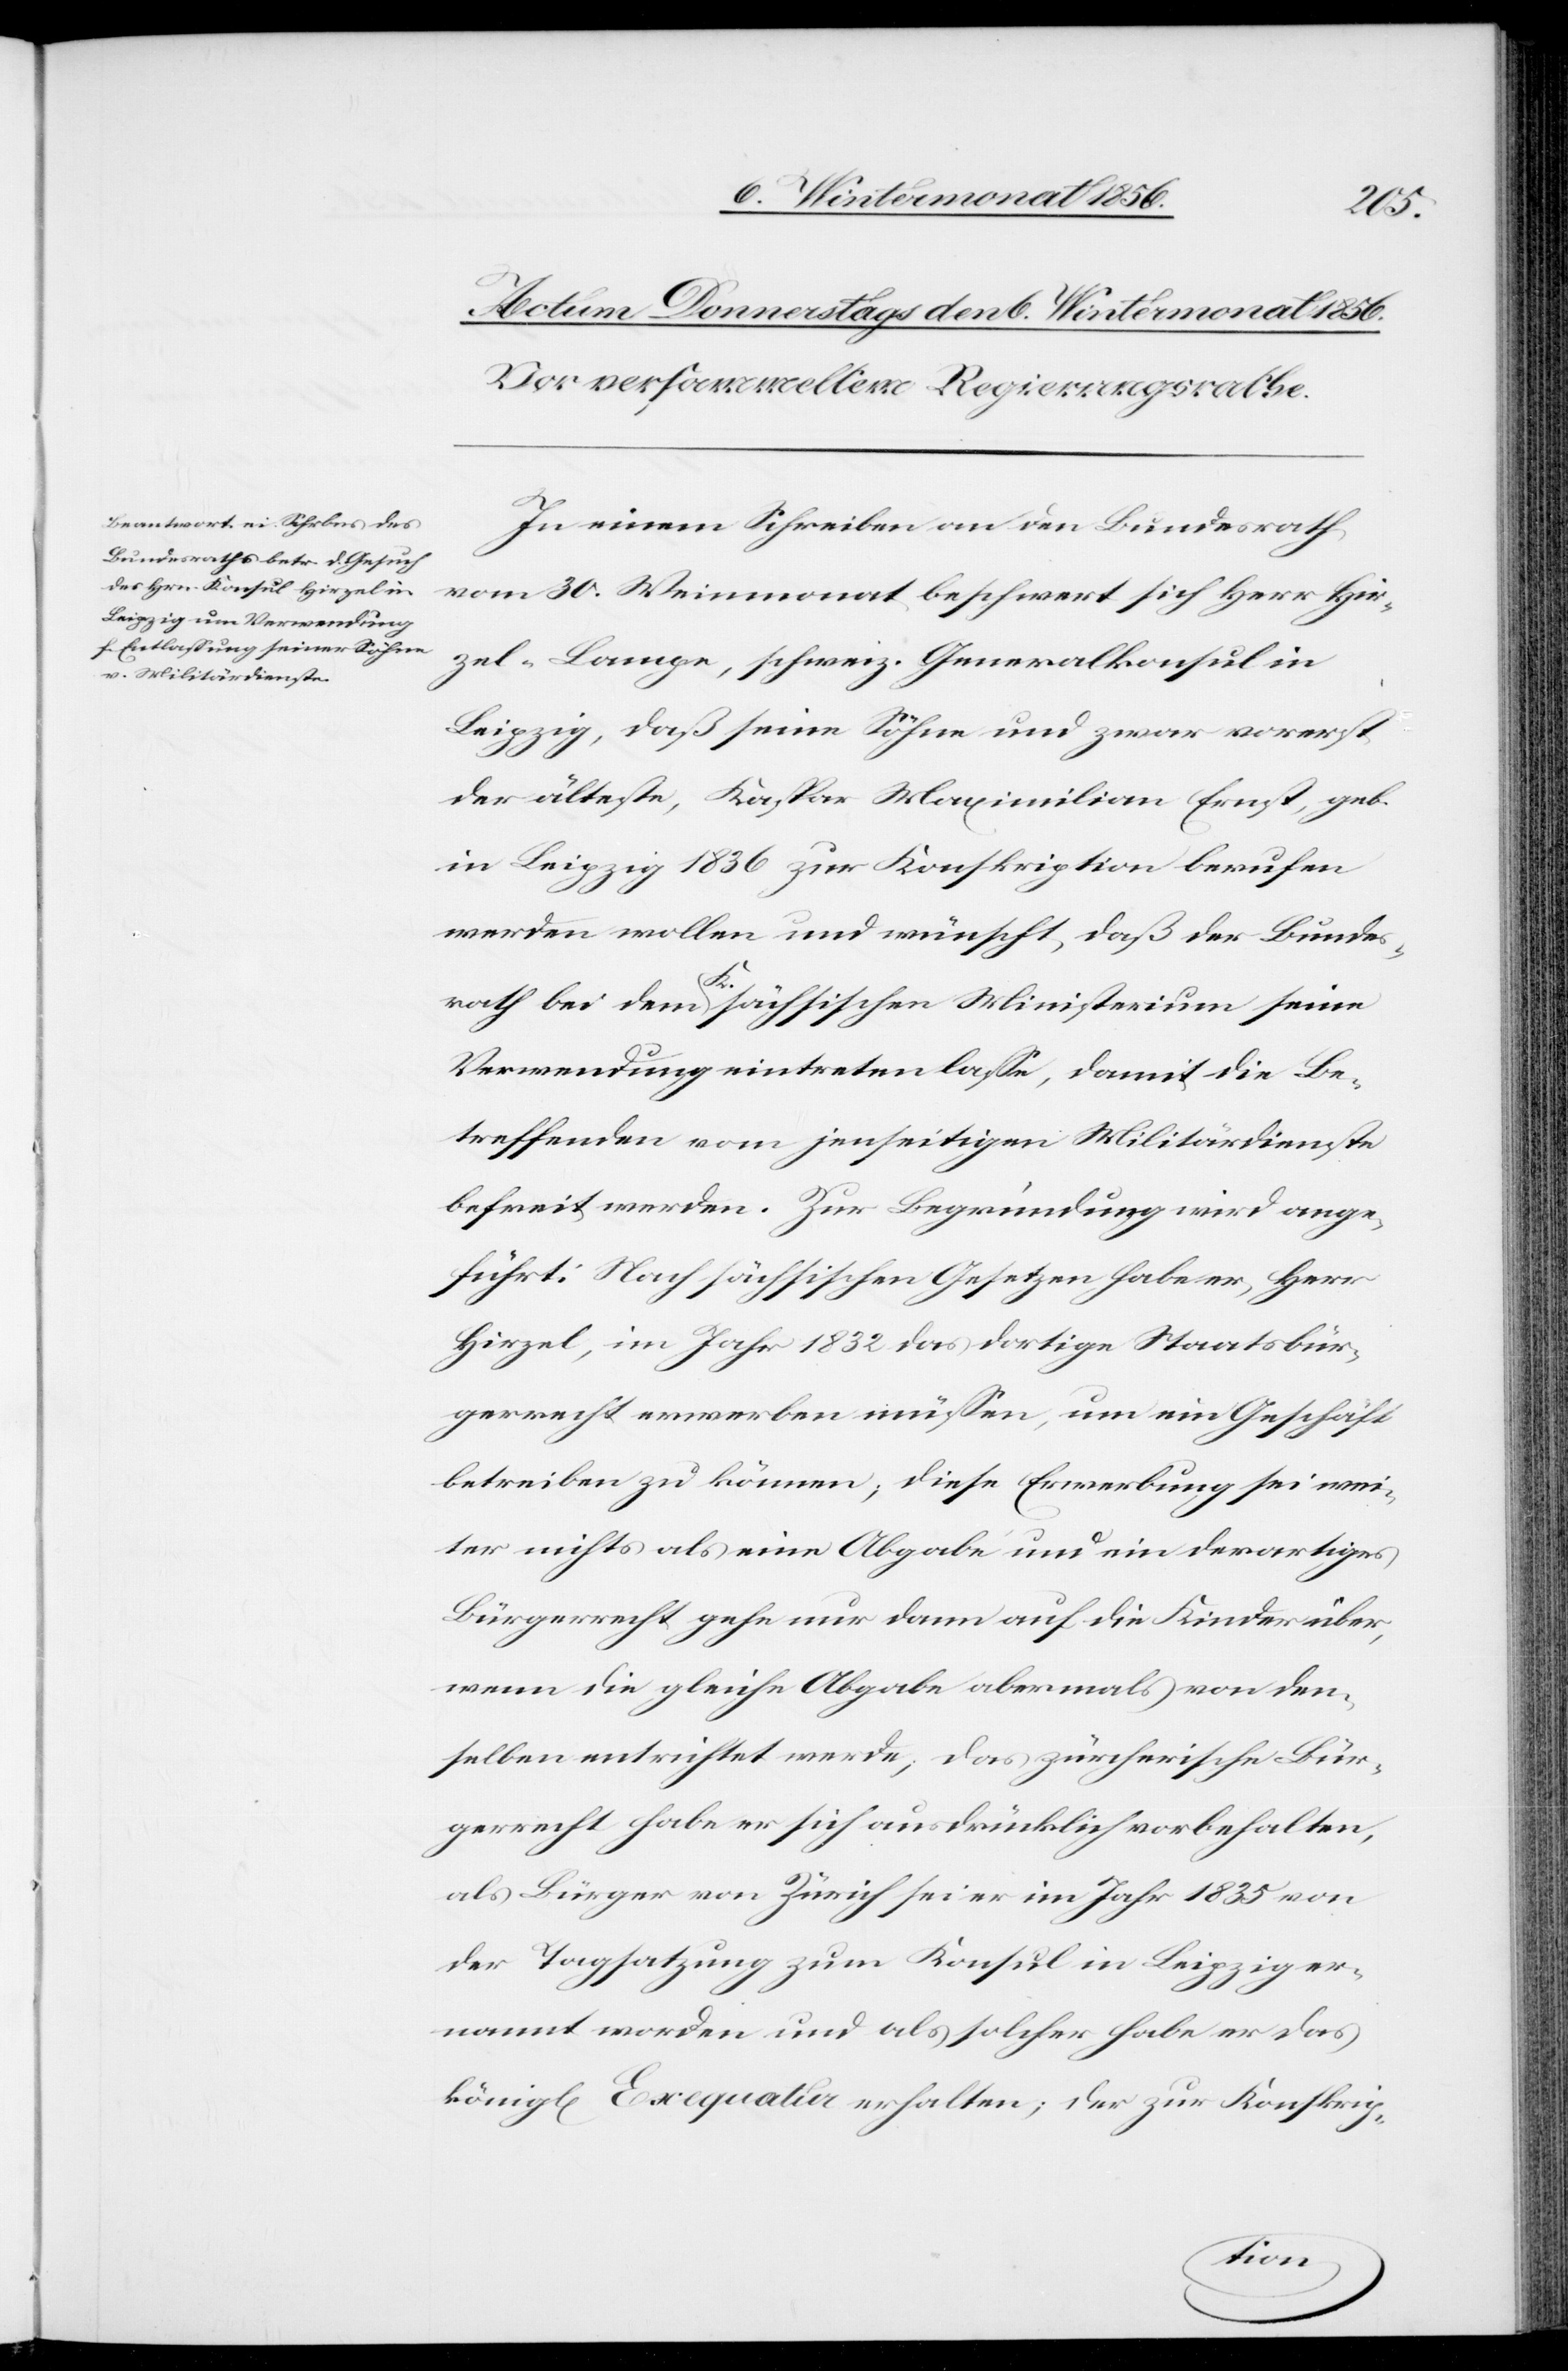
In einem Schreiben an den Bundesrath
vom 30. Weinmonat beschwert sich Herr Hir¬
zel-Lampe, schweiz. Generalkonsul in
Leipzig, daß seine Söhne und zwar vorerst
der älteste, Kaspar Maximilian Ernst, geb.
in Leipzig 1836 zur Konskription berufen
werden wollen und wünscht, daß der Bundes¬
rath bei dem a-K.-a sächsischen Ministerium seine
Verwendung eintreten lasse, damit die Be¬
treffenden vom jenseitigen Militärdienste
befreit werden. Zur Begründung wird ange¬
führt: Nach sächsischen Gesetzen habe er, Herr
Hirzel, im Jahr 1832 das dortige Staatsbür¬
gerrecht erwerben müssen, um ein Geschäft
betreiben zu können; diese Erwerbung sei wei¬
ter nichts als eine Abgabe und ein derartiges
Bürgerrecht gehe nur dann auf die Kinder über,
wenn die gleiche Abgabe abermals von den¬
selben entrichtet werde; das zürcherische Bür¬
gerrecht habe er sich ausdrücklich vorbehalten,
als Bürger von Zürich sei er im Jahr 1835 von
der Tagsatzung zum Konsul in Leipzig er¬
nannt worden und als solcher habe er das
königl[iche] Exequatur erhalten; der zur Konskrip-